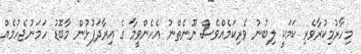
މިހާރުމިކުރާވެރި ކަމަކީ ލިބުނު ވެރިކަމެއްވެސް ނޫނެތްނު އެހެންވީމާ ގެ އިރާދަފުޅުން މާބޮޑު ހަމަނުޖެހުމެއް